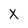
Character: x